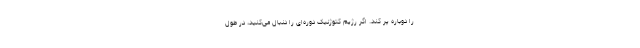
را دوباره پر کند. اگر رژیم کتوژنیک دوره‌ای را دنبال می‌کنید، در طول